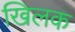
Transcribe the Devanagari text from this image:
खिलक